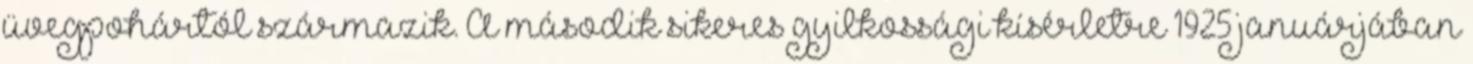
üvegpohártól származik. A második sikeres gyilkossági kísérletre 1925 januárjában